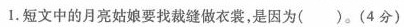
1. 短文中的月亮姑娘要找裁缝做衣裳，是因为( )。(4分)